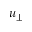
u _ { \perp }